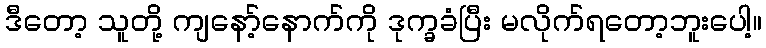
ဒီတော့ သူတို့ ကျနော့်နောက်ကို ဒုက္ခခံပြီး မလိုက်ရတော့ဘူးပေါ့။